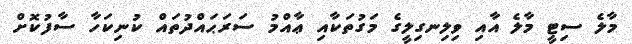
މާލެ ސިޓީ މާލެ އާއި ވިލިނގިލީގެ މަގުތަކާއި ޢާއްމު ސަރަޙައްދުތައް ކުނިކަހާ ސާފުކޮށް